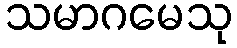
သမာဂမေသု